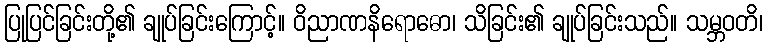
ပြုပြင်ခြင်းတို့၏ ချုပ်ခြင်းကြောင့်။ ဝိညာဏနိရောဓော၊ သိခြင်း၏ ချုပ်ခြင်းသည်။ သမ္ဘဝတိ၊